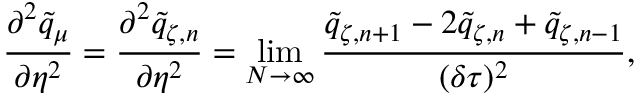
\frac { \partial ^ { 2 } \tilde { q } _ { \mu } } { \partial \eta ^ { 2 } } = \frac { \partial ^ { 2 } \tilde { q } _ { \zeta , n } } { \partial \eta ^ { 2 } } = \operatorname* { l i m } _ { N \to \infty } \frac { \tilde { q } _ { \zeta , n + 1 } - 2 \tilde { q } _ { \zeta , n } + \tilde { q } _ { \zeta , n - 1 } } { ( \delta \tau ) ^ { 2 } } ,